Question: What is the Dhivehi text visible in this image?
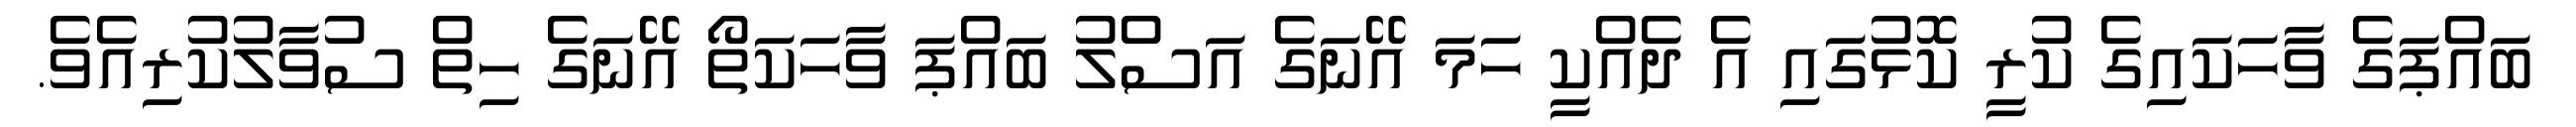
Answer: ބައްޕަގެ ވާހަކައިގެ ކުރީ ކޮޅުގައި އެ ދެއްކީ ހަމަ އޭނަގެ އަސްލު ބައްޕަ ވާހަކަތޯ އޭނަގެ ހިތް ސުވާލުކުރިއެވެ.